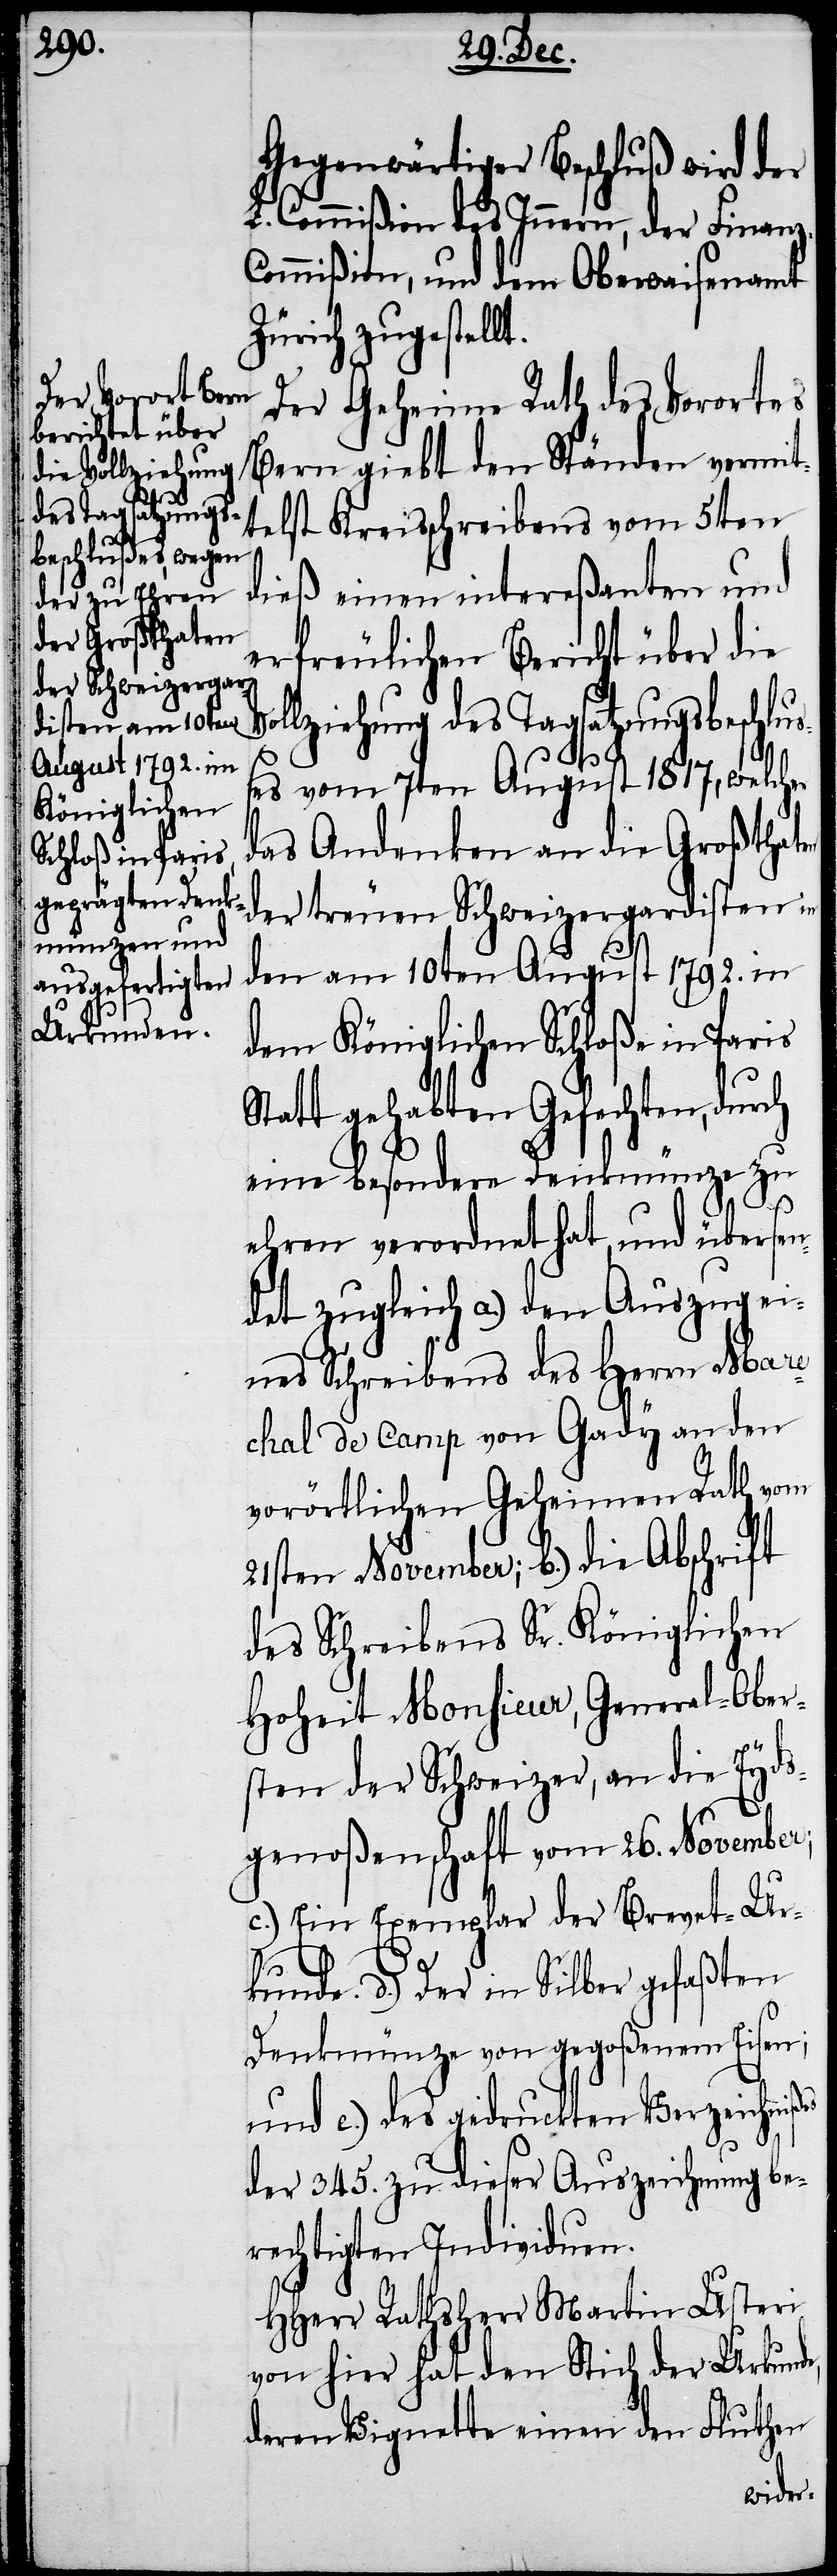
en

Gegenwärtiger Beschluß wird der
L. Commißion des Innern, und dem
Zürich zugestellt.
Der Geheime Rath des Vorortes
Bern giebt den Ständen vermit¬
telst Kreisschreibens vom 5ten
dieß einen intereßanten und
erfreulichen Bericht über die
ziehung des Tagsatzungsbeschl¬
es vom 7ten August 1817, welcher
das Andenken an die Großthat¬
der treuen Schweizergardisten in
den am 10ten August 1792. in
dem Königlichen Schloße in Paris
Statt gehabten Gefechten, durch
eine besondere Denkmünze zu
uß¬
ehren verordnet hat, und übersen¬
det zugleich a.) den Auszug ei¬
nes Schreibens des Herrn Mare¬
chal de Camp von Gady an den
vorörtlichen geheimen Rath vom
21sten November; b.) die Abschrift
des Schreibens Sr. Königlichen
Hoheit Monsieur, General-Ober¬
sten der Schweizer, an die Eyds¬
genoßenschaft vom 26. November;
c.) Ein Exemplar der Brevet-Ur¬
kunde. d.) Der in Silber gefaßten
Denkmünze von gegoßenem Eisen;
und e.) des gedruckten Verzeichnißes
der 345. zu dieser Auszeichnung be¬
rechtigten Individuen.
HHerr Rathsherr Martin Usteri
von hier hat den Stich der Urkunde,
deren Vignette einen den Fluthen